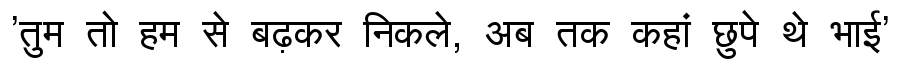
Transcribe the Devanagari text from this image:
'तुम तो हम से बढ़कर निकले, अब तक कहां छुपे थे भाई'